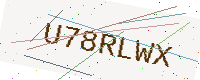
Text: U78RLWX